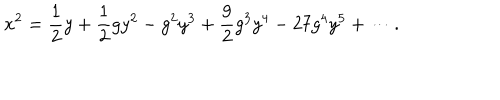
LaTeX: x ^ { 2 } = \frac { 1 } { 2 } y + \frac { 1 } { 2 } g y ^ { 2 } - g ^ { 2 } y ^ { 3 } + \frac { 9 } { 2 } g ^ { 3 } y ^ { 4 } - 2 7 g ^ { 4 } y ^ { 5 } + \cdots .